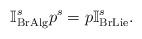
LaTeX: \begin{align*}\mathbb{I}_{\mathrm{BrAlg}}^{s}p^{s}=p\mathbb{I}_{\mathrm{BrLie}}^{s}.\end{align*}